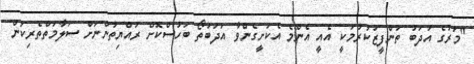
"މަރުގެ އަދަބު ތަންފީޒުކުރުމަކީ އެއީ އެންމެ އެކަށީގެންވާ އަދަބުތޯ ބަހުސްކޮށް ރައްޔިތުންނަށް ސަލާމަތްތެރިކަން